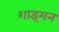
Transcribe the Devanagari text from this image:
शाइमन